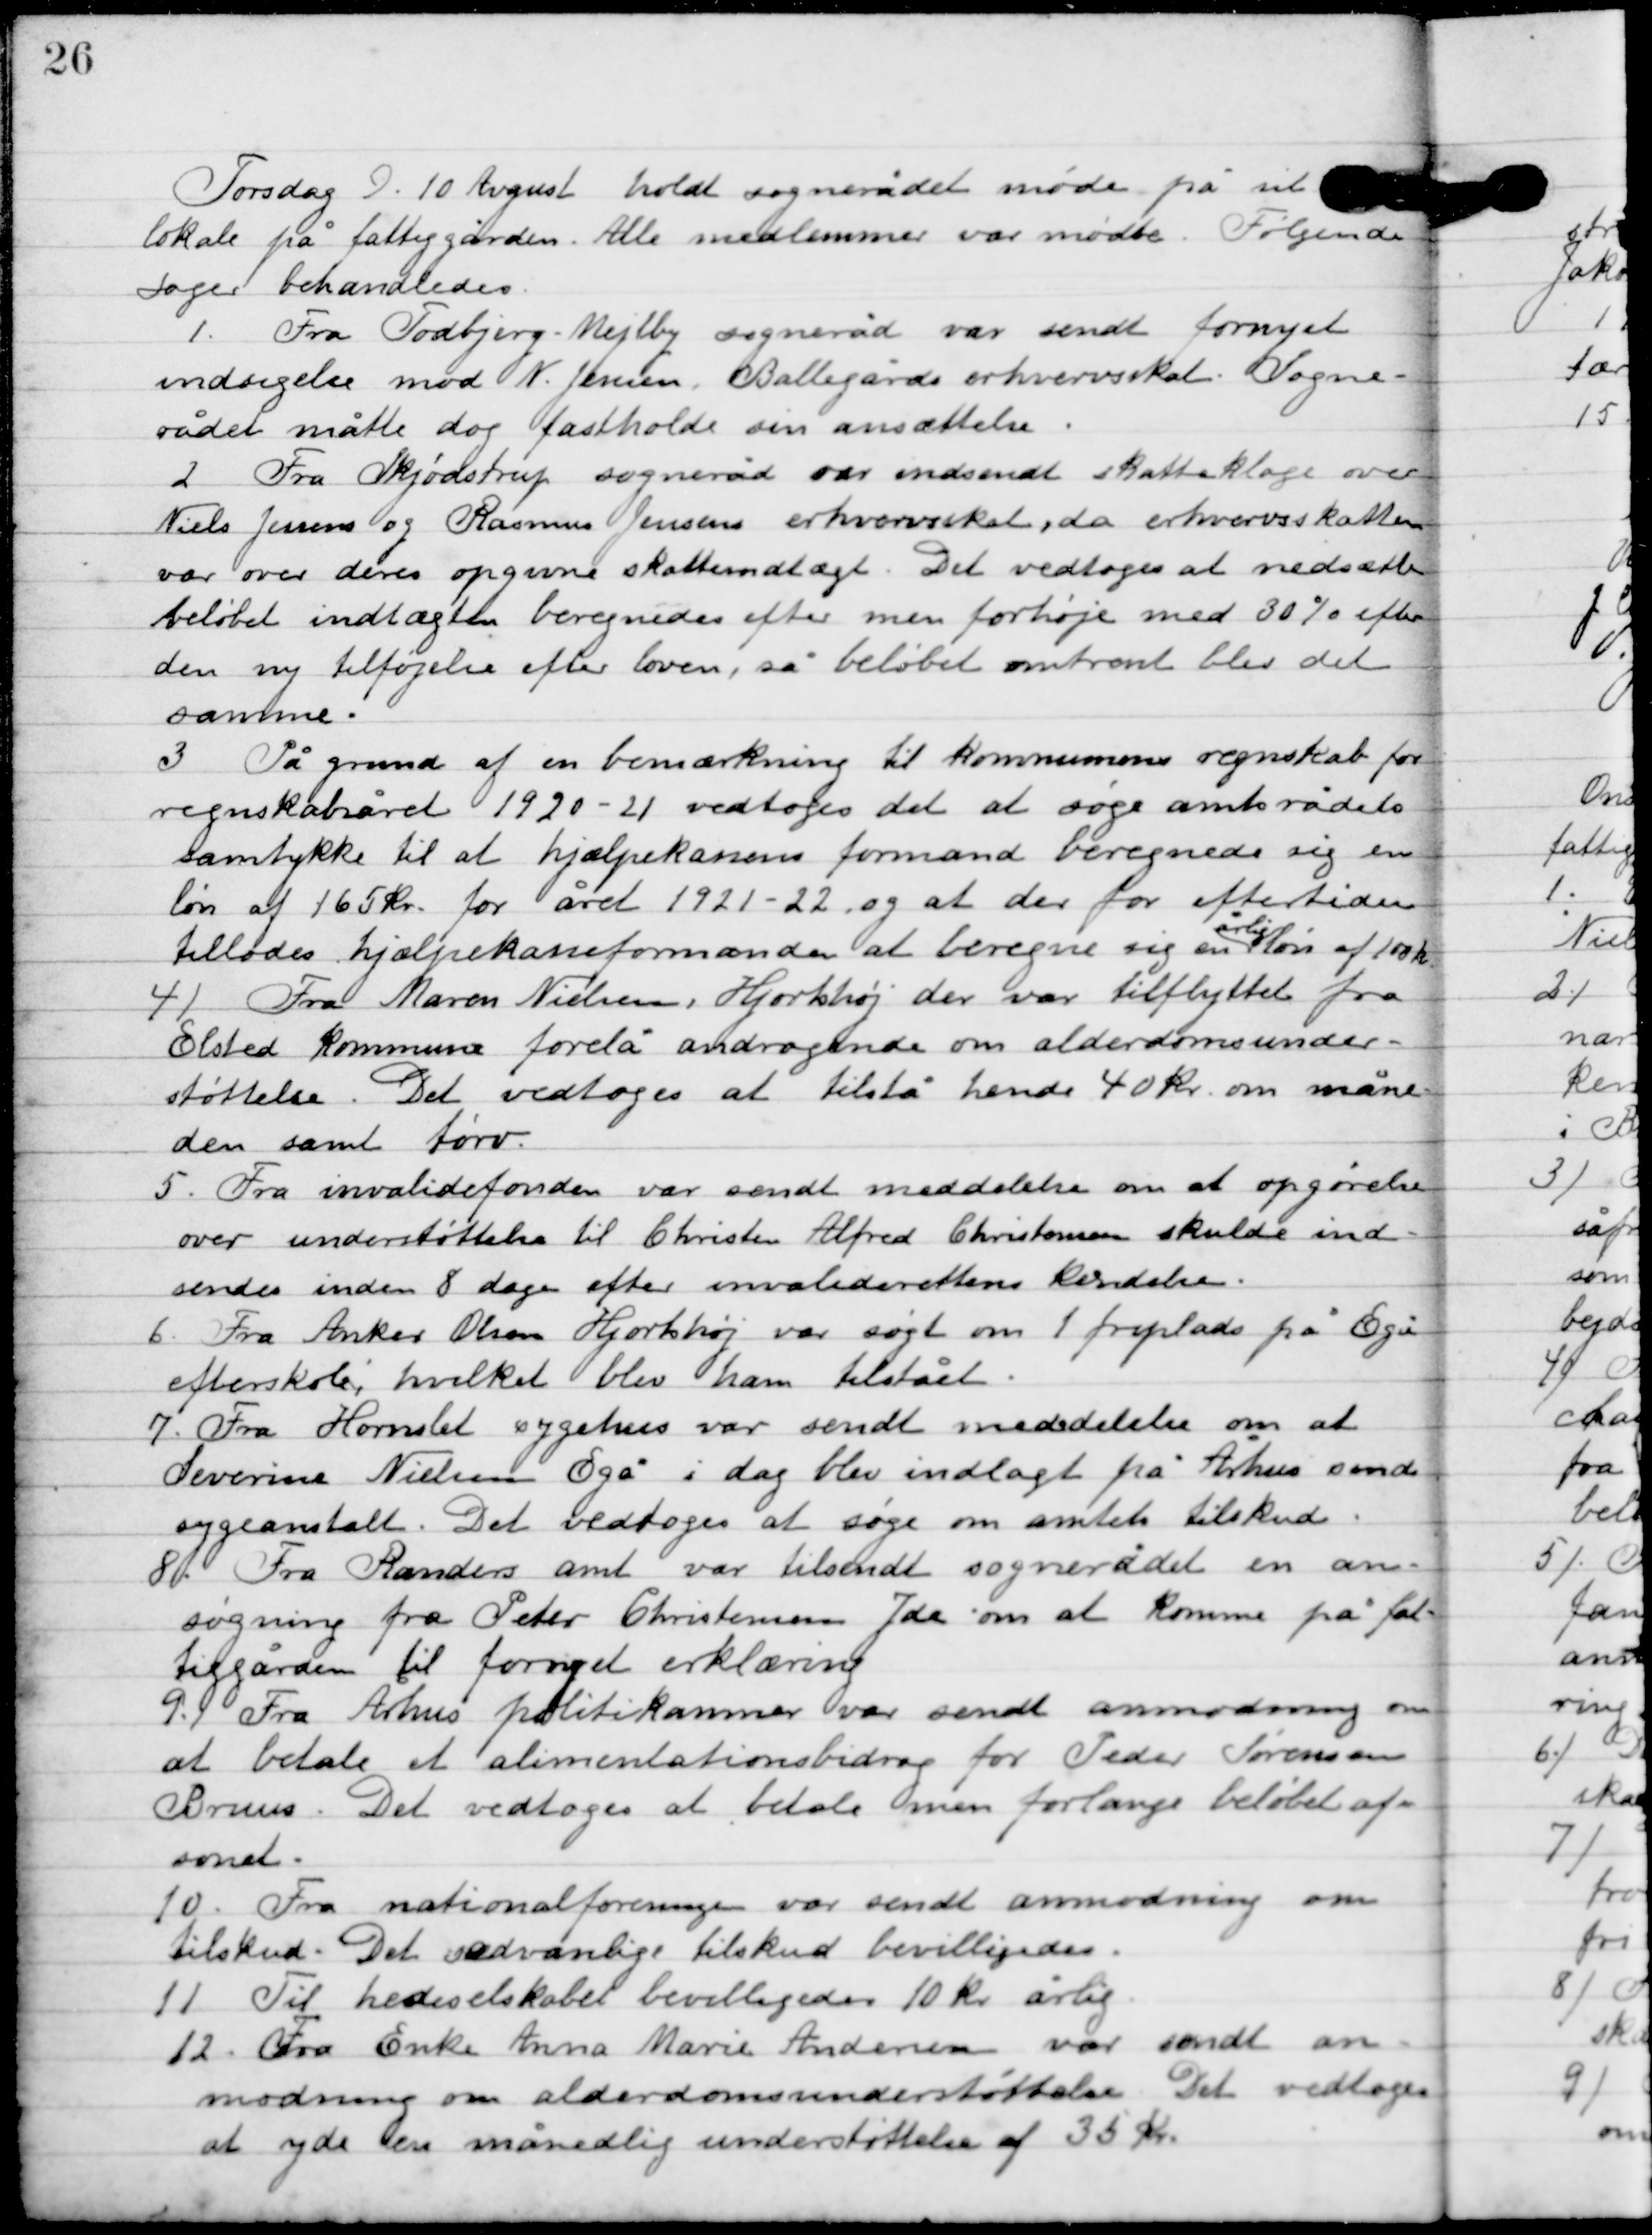
Transskription:
Torsdag D. 10. august holdt sognerådet møde på sit
lokale på fattiggården. Alle medlemmer var mødte. Følgende
sager behandledes.

1

Fra Todbjerg-Mejlby sogneråd var sendt fornyet
indsigelse mod N. Jensen, Ballegårds erhvervsskat. Sogne-
rådet måtte dog fastholde sin ansættelse.

2

Fra Skjødstrup sogneråd var indsendt skatteklage over
Niels Jensen og Rasmus Jensens erhvervsskat, da erhvervs skatten
var over deres opgivne skatteindtægt. Det vedtoges at nedsætte
beløbet indtægt beregnedes efter men forhøje med 30 % efter
den ny tilføjelse efter loven, så beløbet omtrent blev det
samme.

3

På grund af en bemærkning til Kommunens regnskab for
regnskabsåret 1920-21 vedtoges det at søge amtsrådets
samtykke til at hjælpekassens formand beregnede sig en
løn af 165 kr. for året 1921-22 og at der for eftertiden
tillodes hjælpekasseformanden at beregne sig en
årlig
løn af 100 kr.

4

Fra Maren Nielsen Hjortshøj der var tilflyttet fra
Ølsted kommune forelå andragende om alderdomsunder-
støttelse. Det vedtoges at tilstå hende 40 kr. om måne-
den sat tørv.

5

Fra invalidefonden var sendt meddelelse om at opgørelsen
over understøttelse til Christen Alfred Christensen skulde ind-
sendes inden 8 dage efter invaliderettens kendelse.

6

Fra anker Olsen Hjortshøj var søgt om 1 friplads på Egå
efterskole, hvilket blev ham tilstået.

7

Fra Hornslet sygehus var sendt meddelelse om at
Severine Nielsen Egå i dag blev indlagt på Århus amts
sygeanstalt. Det vedtoges at søge om amtets tilskud.

8

Fra Randers amt var tilsendt sognerådet en an-
søgning fra Peter Christensen Yde om at komme på fat-
tiggården til fornyet erklæring.

9

Fra Århus politikammer var sendt anmodning om
at betale et alimentationsbidrag for Peder Sørensen
Bruns. Det vedtoges at betale men forlange beløbet af-
sonet.

10

Fra nationalforeningen var sendt anmodning om
tilskud. Det sædvanlige tilskud bevilligedes.

11

Til hede selskabet bevilgedes 10 kr. årlig.

12

Fra enke Anna Marie Andersen var sendt an-
modning om alderdomsunderstøttelse. Det vedtoges
at yde en månelig understøttelse af 35 kr.